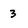
Character: 3